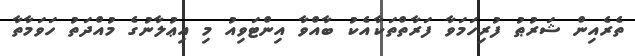
ތެރެއިން ޝަރުޠު ފުރިހަމަވާ ފަރާތްތަކާއެކު ބާއްވާ އިންޓަވިއު މި އިޢުލާނުގެ މުއްދަތު ހަވަމާތާ